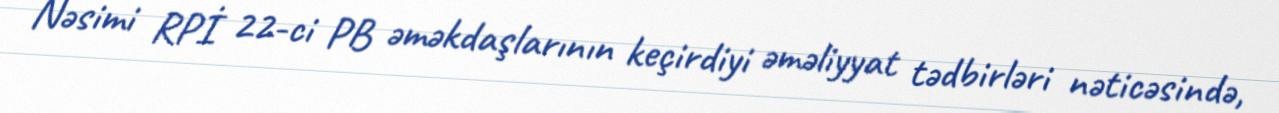
Nəsimi RPİ 22-ci PB əməkdaşlarının keçirdiyi əməliyyat tədbirləri nəticəsində,